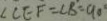
\angle C E F = \angle B = 9 0 ^ { \circ }